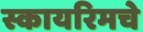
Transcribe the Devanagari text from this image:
स्कायरिमचे